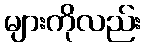
များကိုလည်း